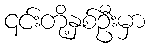
၎င်းတို့နှစ်ဦးမှာ